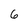
Character: 6